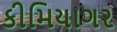
કીમિયાગર